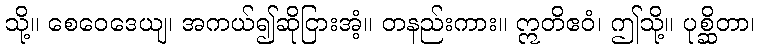
သို့။ စေဝေဒေယျ၊ အကယ်၍ဆိုငြားအံ့။ တနည်းကား။ ဣတိဧဝံ၊ ဤသို့။ ပုစ္ဆိတာ၊